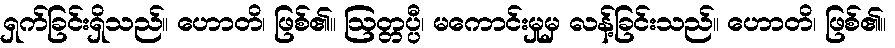
ရှက်ခြင်းရှိသည်။ ဟောတိ၊ ဖြစ်၏။ ဩတ္တပ္ပီ၊ မကောင်းမှုမှ လန့်ခြင်းသည်။ ဟောတိ၊ ဖြစ်၏။